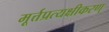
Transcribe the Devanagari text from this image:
मूर्त्तप्रत्यक्षीकरण्